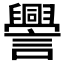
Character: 𧭒